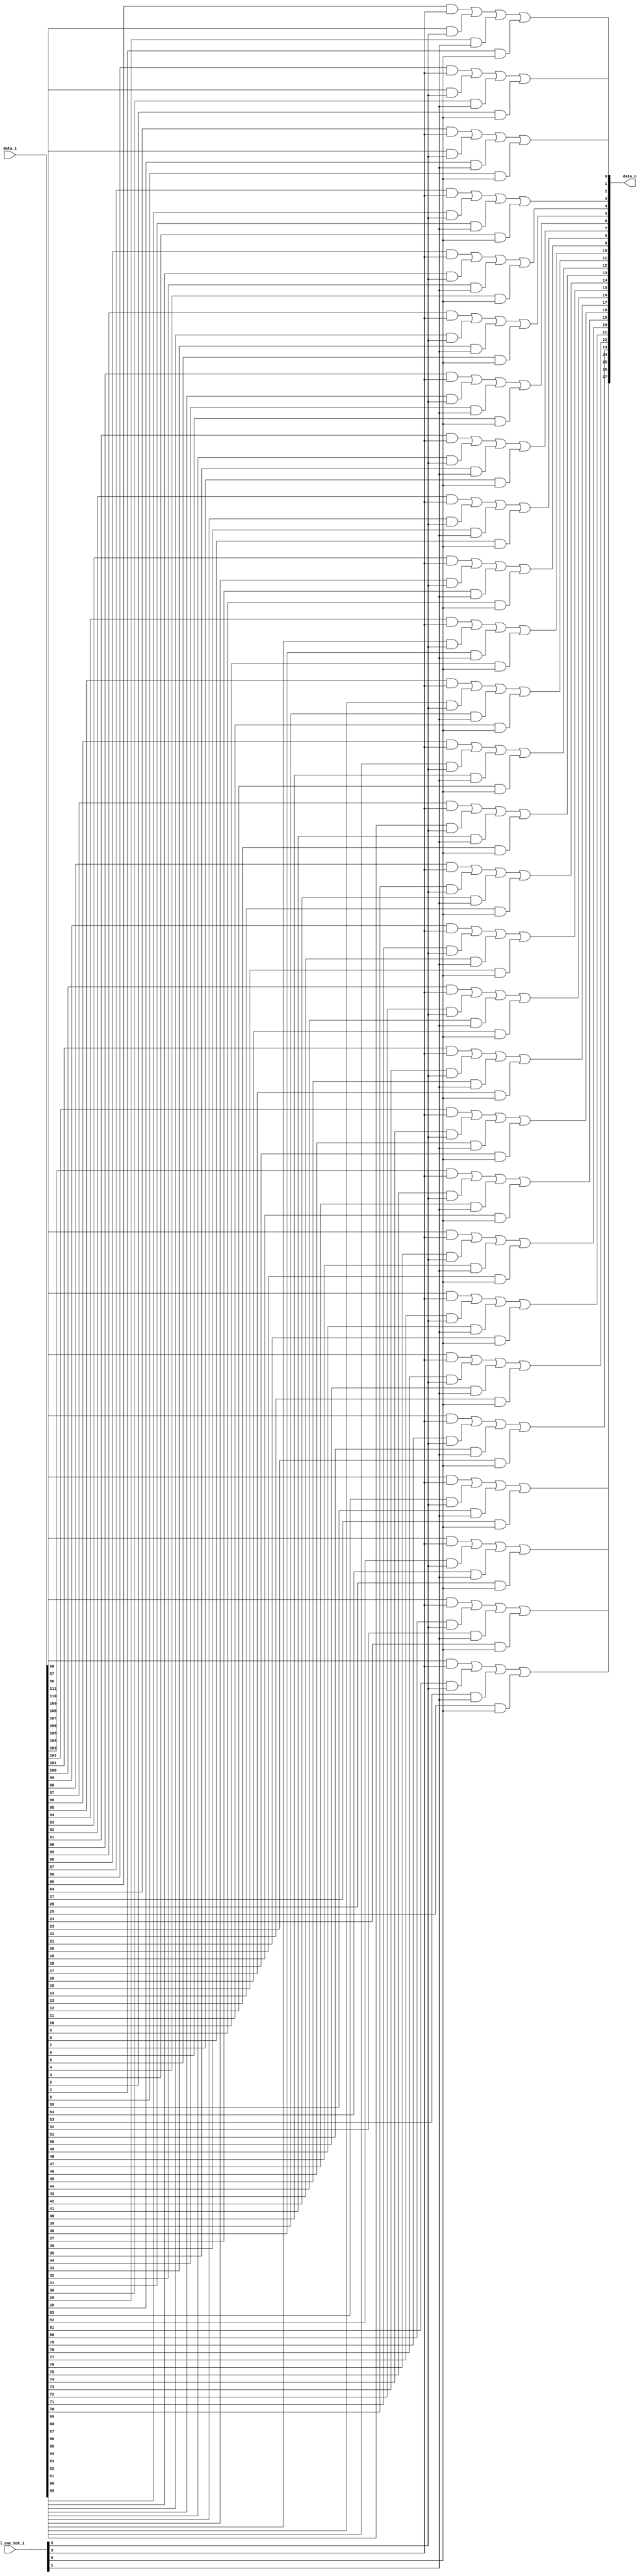
// This program was cloned from: https://github.com/NYU-MLDA/OpenABC
// License: BSD 3-Clause "New" or "Revised" License

module bsg_mux_one_hot_width_p28_els_p4
(
  data_i,
  sel_one_hot_i,
  data_o
);

  input [111:0] data_i;
  input [3:0] sel_one_hot_i;
  output [27:0] data_o;
  wire [27:0] data_o;
  wire N0,N1,N2,N3,N4,N5,N6,N7,N8,N9,N10,N11,N12,N13,N14,N15,N16,N17,N18,N19,N20,N21,
  N22,N23,N24,N25,N26,N27,N28,N29,N30,N31,N32,N33,N34,N35,N36,N37,N38,N39,N40,N41,
  N42,N43,N44,N45,N46,N47,N48,N49,N50,N51,N52,N53,N54,N55;
  wire [111:0] data_masked;
  assign data_masked[27] = data_i[27] & sel_one_hot_i[0];
  assign data_masked[26] = data_i[26] & sel_one_hot_i[0];
  assign data_masked[25] = data_i[25] & sel_one_hot_i[0];
  assign data_masked[24] = data_i[24] & sel_one_hot_i[0];
  assign data_masked[23] = data_i[23] & sel_one_hot_i[0];
  assign data_masked[22] = data_i[22] & sel_one_hot_i[0];
  assign data_masked[21] = data_i[21] & sel_one_hot_i[0];
  assign data_masked[20] = data_i[20] & sel_one_hot_i[0];
  assign data_masked[19] = data_i[19] & sel_one_hot_i[0];
  assign data_masked[18] = data_i[18] & sel_one_hot_i[0];
  assign data_masked[17] = data_i[17] & sel_one_hot_i[0];
  assign data_masked[16] = data_i[16] & sel_one_hot_i[0];
  assign data_masked[15] = data_i[15] & sel_one_hot_i[0];
  assign data_masked[14] = data_i[14] & sel_one_hot_i[0];
  assign data_masked[13] = data_i[13] & sel_one_hot_i[0];
  assign data_masked[12] = data_i[12] & sel_one_hot_i[0];
  assign data_masked[11] = data_i[11] & sel_one_hot_i[0];
  assign data_masked[10] = data_i[10] & sel_one_hot_i[0];
  assign data_masked[9] = data_i[9] & sel_one_hot_i[0];
  assign data_masked[8] = data_i[8] & sel_one_hot_i[0];
  assign data_masked[7] = data_i[7] & sel_one_hot_i[0];
  assign data_masked[6] = data_i[6] & sel_one_hot_i[0];
  assign data_masked[5] = data_i[5] & sel_one_hot_i[0];
  assign data_masked[4] = data_i[4] & sel_one_hot_i[0];
  assign data_masked[3] = data_i[3] & sel_one_hot_i[0];
  assign data_masked[2] = data_i[2] & sel_one_hot_i[0];
  assign data_masked[1] = data_i[1] & sel_one_hot_i[0];
  assign data_masked[0] = data_i[0] & sel_one_hot_i[0];
  assign data_masked[55] = data_i[55] & sel_one_hot_i[1];
  assign data_masked[54] = data_i[54] & sel_one_hot_i[1];
  assign data_masked[53] = data_i[53] & sel_one_hot_i[1];
  assign data_masked[52] = data_i[52] & sel_one_hot_i[1];
  assign data_masked[51] = data_i[51] & sel_one_hot_i[1];
  assign data_masked[50] = data_i[50] & sel_one_hot_i[1];
  assign data_masked[49] = data_i[49] & sel_one_hot_i[1];
  assign data_masked[48] = data_i[48] & sel_one_hot_i[1];
  assign data_masked[47] = data_i[47] & sel_one_hot_i[1];
  assign data_masked[46] = data_i[46] & sel_one_hot_i[1];
  assign data_masked[45] = data_i[45] & sel_one_hot_i[1];
  assign data_masked[44] = data_i[44] & sel_one_hot_i[1];
  assign data_masked[43] = data_i[43] & sel_one_hot_i[1];
  assign data_masked[42] = data_i[42] & sel_one_hot_i[1];
  assign data_masked[41] = data_i[41] & sel_one_hot_i[1];
  assign data_masked[40] = data_i[40] & sel_one_hot_i[1];
  assign data_masked[39] = data_i[39] & sel_one_hot_i[1];
  assign data_masked[38] = data_i[38] & sel_one_hot_i[1];
  assign data_masked[37] = data_i[37] & sel_one_hot_i[1];
  assign data_masked[36] = data_i[36] & sel_one_hot_i[1];
  assign data_masked[35] = data_i[35] & sel_one_hot_i[1];
  assign data_masked[34] = data_i[34] & sel_one_hot_i[1];
  assign data_masked[33] = data_i[33] & sel_one_hot_i[1];
  assign data_masked[32] = data_i[32] & sel_one_hot_i[1];
  assign data_masked[31] = data_i[31] & sel_one_hot_i[1];
  assign data_masked[30] = data_i[30] & sel_one_hot_i[1];
  assign data_masked[29] = data_i[29] & sel_one_hot_i[1];
  assign data_masked[28] = data_i[28] & sel_one_hot_i[1];
  assign data_masked[83] = data_i[83] & sel_one_hot_i[2];
  assign data_masked[82] = data_i[82] & sel_one_hot_i[2];
  assign data_masked[81] = data_i[81] & sel_one_hot_i[2];
  assign data_masked[80] = data_i[80] & sel_one_hot_i[2];
  assign data_masked[79] = data_i[79] & sel_one_hot_i[2];
  assign data_masked[78] = data_i[78] & sel_one_hot_i[2];
  assign data_masked[77] = data_i[77] & sel_one_hot_i[2];
  assign data_masked[76] = data_i[76] & sel_one_hot_i[2];
  assign data_masked[75] = data_i[75] & sel_one_hot_i[2];
  assign data_masked[74] = data_i[74] & sel_one_hot_i[2];
  assign data_masked[73] = data_i[73] & sel_one_hot_i[2];
  assign data_masked[72] = data_i[72] & sel_one_hot_i[2];
  assign data_masked[71] = data_i[71] & sel_one_hot_i[2];
  assign data_masked[70] = data_i[70] & sel_one_hot_i[2];
  assign data_masked[69] = data_i[69] & sel_one_hot_i[2];
  assign data_masked[68] = data_i[68] & sel_one_hot_i[2];
  assign data_masked[67] = data_i[67] & sel_one_hot_i[2];
  assign data_masked[66] = data_i[66] & sel_one_hot_i[2];
  assign data_masked[65] = data_i[65] & sel_one_hot_i[2];
  assign data_masked[64] = data_i[64] & sel_one_hot_i[2];
  assign data_masked[63] = data_i[63] & sel_one_hot_i[2];
  assign data_masked[62] = data_i[62] & sel_one_hot_i[2];
  assign data_masked[61] = data_i[61] & sel_one_hot_i[2];
  assign data_masked[60] = data_i[60] & sel_one_hot_i[2];
  assign data_masked[59] = data_i[59] & sel_one_hot_i[2];
  assign data_masked[58] = data_i[58] & sel_one_hot_i[2];
  assign data_masked[57] = data_i[57] & sel_one_hot_i[2];
  assign data_masked[56] = data_i[56] & sel_one_hot_i[2];
  assign data_masked[111] = data_i[111] & sel_one_hot_i[3];
  assign data_masked[110] = data_i[110] & sel_one_hot_i[3];
  assign data_masked[109] = data_i[109] & sel_one_hot_i[3];
  assign data_masked[108] = data_i[108] & sel_one_hot_i[3];
  assign data_masked[107] = data_i[107] & sel_one_hot_i[3];
  assign data_masked[106] = data_i[106] & sel_one_hot_i[3];
  assign data_masked[105] = data_i[105] & sel_one_hot_i[3];
  assign data_masked[104] = data_i[104] & sel_one_hot_i[3];
  assign data_masked[103] = data_i[103] & sel_one_hot_i[3];
  assign data_masked[102] = data_i[102] & sel_one_hot_i[3];
  assign data_masked[101] = data_i[101] & sel_one_hot_i[3];
  assign data_masked[100] = data_i[100] & sel_one_hot_i[3];
  assign data_masked[99] = data_i[99] & sel_one_hot_i[3];
  assign data_masked[98] = data_i[98] & sel_one_hot_i[3];
  assign data_masked[97] = data_i[97] & sel_one_hot_i[3];
  assign data_masked[96] = data_i[96] & sel_one_hot_i[3];
  assign data_masked[95] = data_i[95] & sel_one_hot_i[3];
  assign data_masked[94] = data_i[94] & sel_one_hot_i[3];
  assign data_masked[93] = data_i[93] & sel_one_hot_i[3];
  assign data_masked[92] = data_i[92] & sel_one_hot_i[3];
  assign data_masked[91] = data_i[91] & sel_one_hot_i[3];
  assign data_masked[90] = data_i[90] & sel_one_hot_i[3];
  assign data_masked[89] = data_i[89] & sel_one_hot_i[3];
  assign data_masked[88] = data_i[88] & sel_one_hot_i[3];
  assign data_masked[87] = data_i[87] & sel_one_hot_i[3];
  assign data_masked[86] = data_i[86] & sel_one_hot_i[3];
  assign data_masked[85] = data_i[85] & sel_one_hot_i[3];
  assign data_masked[84] = data_i[84] & sel_one_hot_i[3];
  assign data_o[0] = N1 | data_masked[0];
  assign N1 = N0 | data_masked[28];
  assign N0 = data_masked[84] | data_masked[56];
  assign data_o[1] = N3 | data_masked[1];
  assign N3 = N2 | data_masked[29];
  assign N2 = data_masked[85] | data_masked[57];
  assign data_o[2] = N5 | data_masked[2];
  assign N5 = N4 | data_masked[30];
  assign N4 = data_masked[86] | data_masked[58];
  assign data_o[3] = N7 | data_masked[3];
  assign N7 = N6 | data_masked[31];
  assign N6 = data_masked[87] | data_masked[59];
  assign data_o[4] = N9 | data_masked[4];
  assign N9 = N8 | data_masked[32];
  assign N8 = data_masked[88] | data_masked[60];
  assign data_o[5] = N11 | data_masked[5];
  assign N11 = N10 | data_masked[33];
  assign N10 = data_masked[89] | data_masked[61];
  assign data_o[6] = N13 | data_masked[6];
  assign N13 = N12 | data_masked[34];
  assign N12 = data_masked[90] | data_masked[62];
  assign data_o[7] = N15 | data_masked[7];
  assign N15 = N14 | data_masked[35];
  assign N14 = data_masked[91] | data_masked[63];
  assign data_o[8] = N17 | data_masked[8];
  assign N17 = N16 | data_masked[36];
  assign N16 = data_masked[92] | data_masked[64];
  assign data_o[9] = N19 | data_masked[9];
  assign N19 = N18 | data_masked[37];
  assign N18 = data_masked[93] | data_masked[65];
  assign data_o[10] = N21 | data_masked[10];
  assign N21 = N20 | data_masked[38];
  assign N20 = data_masked[94] | data_masked[66];
  assign data_o[11] = N23 | data_masked[11];
  assign N23 = N22 | data_masked[39];
  assign N22 = data_masked[95] | data_masked[67];
  assign data_o[12] = N25 | data_masked[12];
  assign N25 = N24 | data_masked[40];
  assign N24 = data_masked[96] | data_masked[68];
  assign data_o[13] = N27 | data_masked[13];
  assign N27 = N26 | data_masked[41];
  assign N26 = data_masked[97] | data_masked[69];
  assign data_o[14] = N29 | data_masked[14];
  assign N29 = N28 | data_masked[42];
  assign N28 = data_masked[98] | data_masked[70];
  assign data_o[15] = N31 | data_masked[15];
  assign N31 = N30 | data_masked[43];
  assign N30 = data_masked[99] | data_masked[71];
  assign data_o[16] = N33 | data_masked[16];
  assign N33 = N32 | data_masked[44];
  assign N32 = data_masked[100] | data_masked[72];
  assign data_o[17] = N35 | data_masked[17];
  assign N35 = N34 | data_masked[45];
  assign N34 = data_masked[101] | data_masked[73];
  assign data_o[18] = N37 | data_masked[18];
  assign N37 = N36 | data_masked[46];
  assign N36 = data_masked[102] | data_masked[74];
  assign data_o[19] = N39 | data_masked[19];
  assign N39 = N38 | data_masked[47];
  assign N38 = data_masked[103] | data_masked[75];
  assign data_o[20] = N41 | data_masked[20];
  assign N41 = N40 | data_masked[48];
  assign N40 = data_masked[104] | data_masked[76];
  assign data_o[21] = N43 | data_masked[21];
  assign N43 = N42 | data_masked[49];
  assign N42 = data_masked[105] | data_masked[77];
  assign data_o[22] = N45 | data_masked[22];
  assign N45 = N44 | data_masked[50];
  assign N44 = data_masked[106] | data_masked[78];
  assign data_o[23] = N47 | data_masked[23];
  assign N47 = N46 | data_masked[51];
  assign N46 = data_masked[107] | data_masked[79];
  assign data_o[24] = N49 | data_masked[24];
  assign N49 = N48 | data_masked[52];
  assign N48 = data_masked[108] | data_masked[80];
  assign data_o[25] = N51 | data_masked[25];
  assign N51 = N50 | data_masked[53];
  assign N50 = data_masked[109] | data_masked[81];
  assign data_o[26] = N53 | data_masked[26];
  assign N53 = N52 | data_masked[54];
  assign N52 = data_masked[110] | data_masked[82];
  assign data_o[27] = N55 | data_masked[27];
  assign N55 = N54 | data_masked[55];
  assign N54 = data_masked[111] | data_masked[83];

endmodule